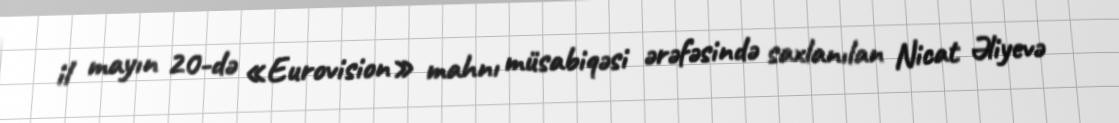
il mayın 20-də «Eurovision» mahnı müsabiqəsi ərəfəsində saxlanılan Nicat Əliyevə